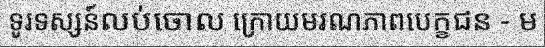
ទូរទស្សន៍លប់ចោល ក្រោយមរណភាពបេក្ខជន - ម